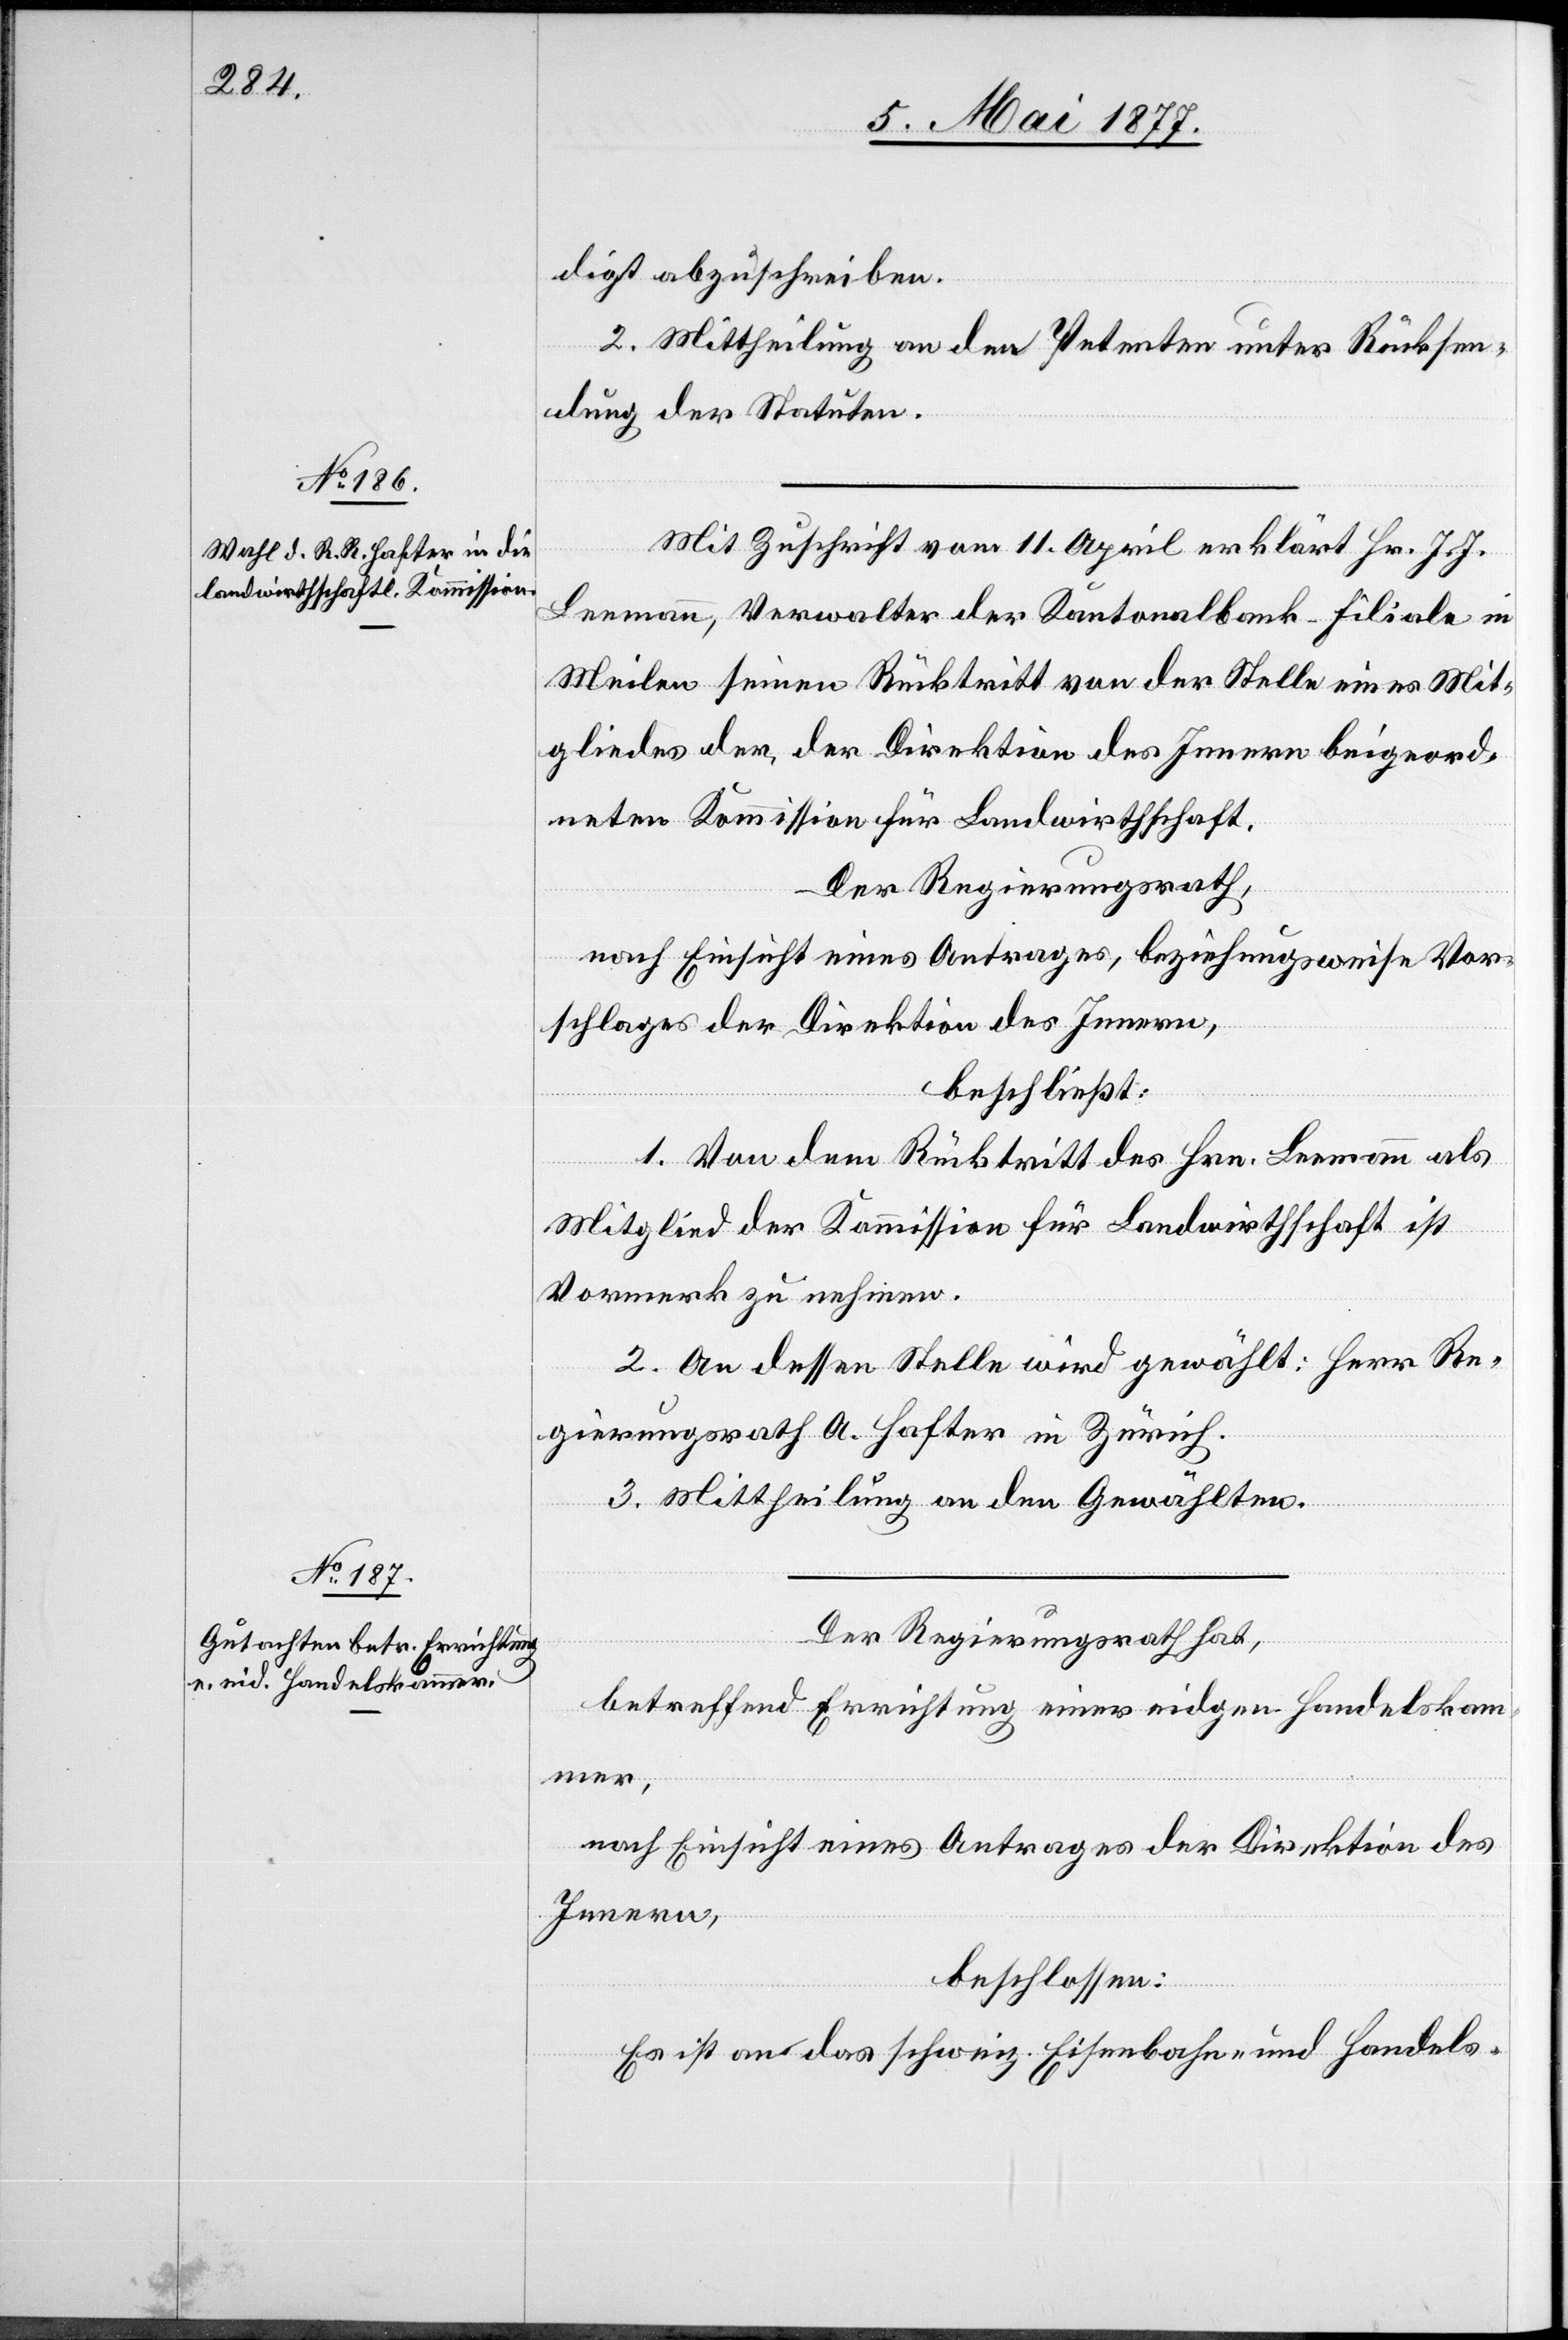
digt abzuschreiben.
2. Mittheilung an den Petenten unter Rücksen¬
dung der Statuten.
Mit Zuschrift vom 11. April erklärt Hr. J. J.
Leemann, Verwalter der Kantonalbank-Filiale in
Meilen seinen Rücktritt von der Stelle eines Mit¬
gliedes der, der Direktion des Innern beigeord¬
neten Kommission für Landwirthschaft.
Der Regierungsrath,
nach Einsicht eines Antrages, beziehungsweise Vor¬
schlages der Direktion des Innern,
beschließt:
1. Von dem Rücktritt des Hrn. Leemann als
Mitglied der Kommission für Landwirthschaft ist
Vormerk zu nehmen.
2. An dessen Stelle wird gewählt: Herr Re¬
gierungsrath A. Hafter in Zürich.
3. Mittheilung an den Gewählten.
Der Regierungsrath hat,
betreffend Errichtung einer eidgen. Handelskam¬
mer,
nach Einsicht eines Antrages der Direktion des
Innern,
beschlossen:
Es ist an das schweiz. Eisenbahn- und Handels-